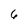
Character: 6